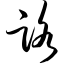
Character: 路